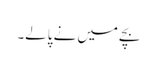
بچے میں نے پالے۔